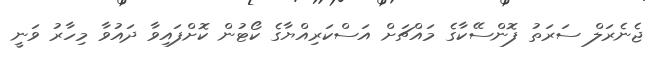
ޖެނެރަލް ސަރަތު ފޮންސޭކާގެ މައްޗަށް އަސްކަރިއްޔާގެ ކޯޓުން ކޮށްފައިވާ ދައުވާ މިހާރު ވަނީ